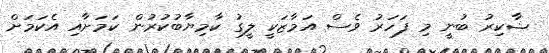
ޝާކިރު ބުނީ މި ފަހަރު ވެސް އަމާޒަކީ ލީގު ކާމިޔާބުކުރުން ކަމަށާއި އެކަމަށް